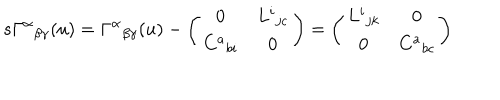
s \Gamma ^ { \alpha } { } _ { \beta \gamma } ( u ) = \Gamma ^ { \alpha } { } _ { \beta \gamma } ( u ) - \left( \begin{array} { c c } { { 0 } } & { { L ^ { i } { } _ { j c } } } \\ { { C ^ { a } { } _ { b i } } } & { { 0 } } \\ \end{array} \right) = \left( \begin{array} { c c } { { L ^ { i } { } _ { j k } } } & { { 0 } } \\ { { 0 } } & { { C ^ { a } { } _ { b c } } } \\ \end{array} \right)